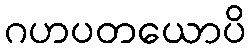
ဂဟပတယောပိ